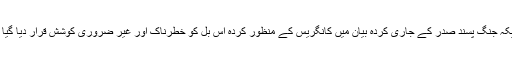
امریکہ جنگ پسند صدر کے جاری کردہ بیان میں کانگریس کے منظور کردہ اس بل کو خطرناک اور غیر ضروری کوشش قرار دیا گیا ہے۔